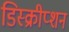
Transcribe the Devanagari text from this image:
डिस्क्रीप्शन